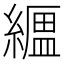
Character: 𦅟